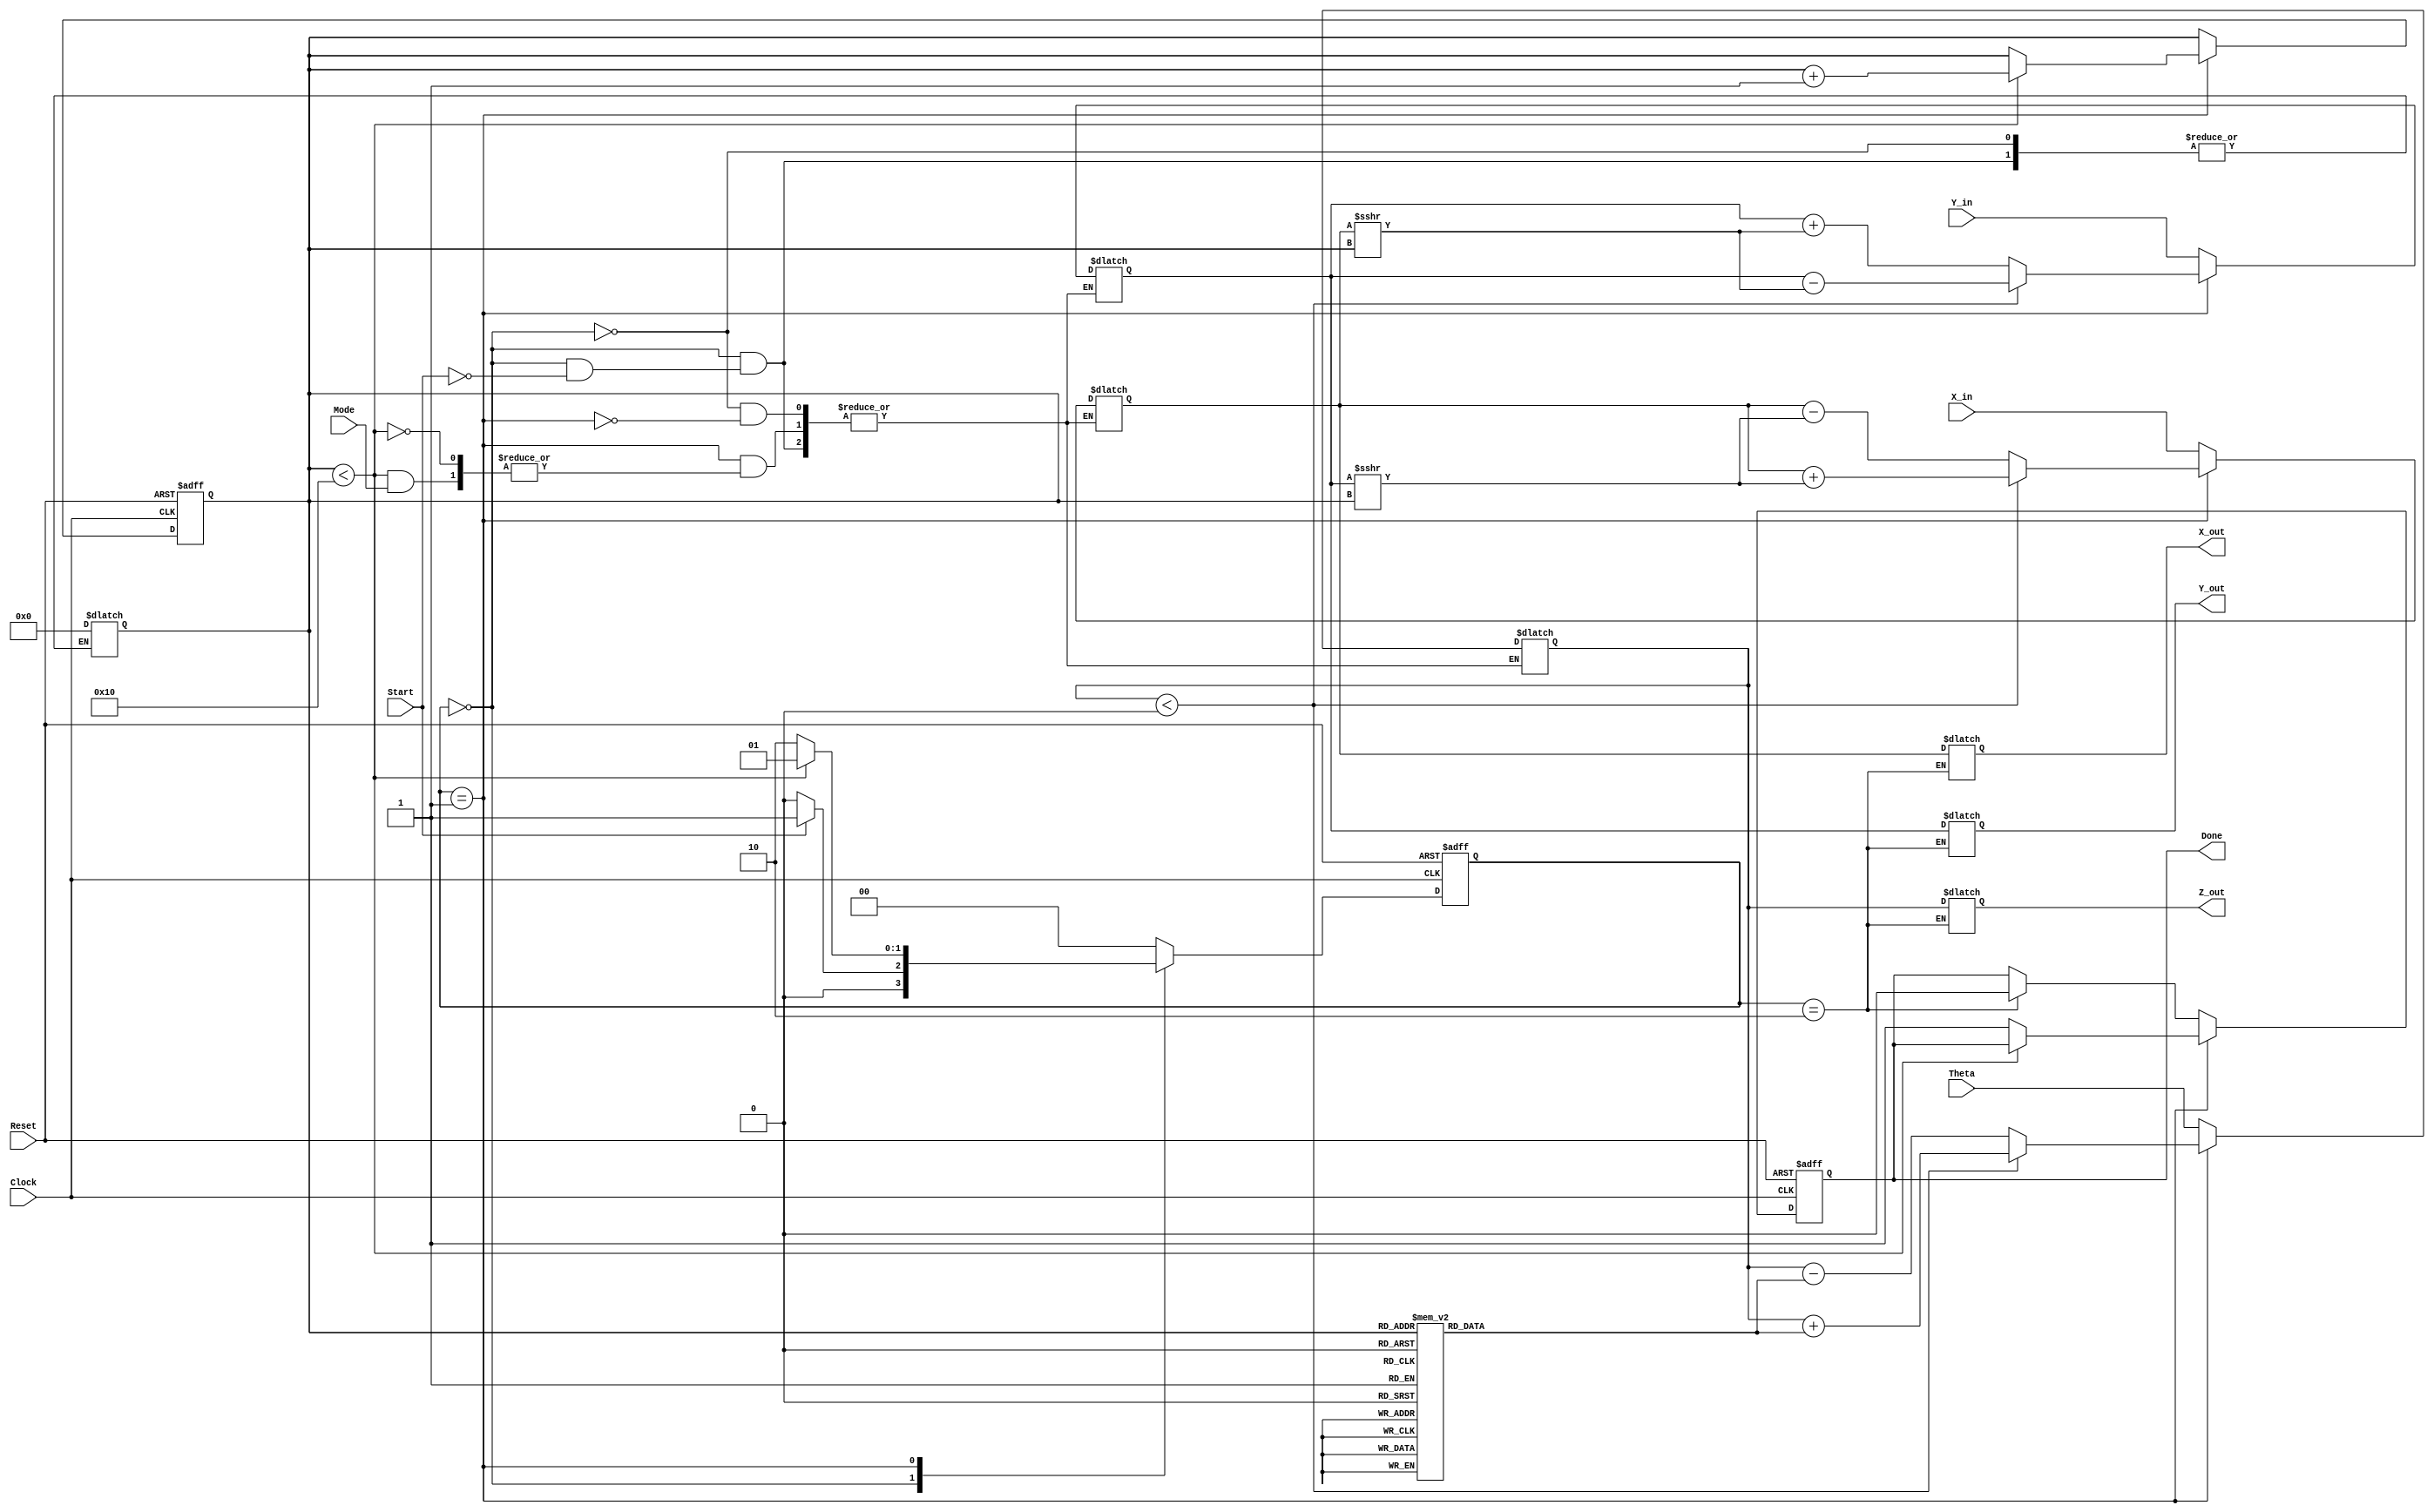
module CORDIC (
    input wire [15:0] X_in,      // Input x-coordinate
    input wire [15:0] Y_in,      // Input y-coordinate
    input wire [15:0] Theta,     // Input angle in radians
    input wire Mode,              // Mode: 0 = rotation, 1 = vectoring
    input wire Start,             // Start signal
    input wire Clock,             // System clock
    input wire Reset,             // Asynchronous reset
    output reg [15:0] X_out,      // Output x-coordinate
    output reg [15:0] Y_out,      // Output y-coordinate
    output reg [15:0] Z_out,      // Output angle
    output reg Done               // Completion signal
);

    // Parameters
    parameter NUM_ITERATIONS = 16; // Number of CORDIC iterations
    parameter ANGLE_WIDTH = 16;     // Angle width in bits

    // Internal signals
    reg [15:0] x_reg, y_reg;
    reg [ANGLE_WIDTH-1:0] z_reg;
    reg [3:0] iteration_count;
    reg [1:0] state, next_state;

    // CORDIC lookup table for arctangent values
    reg [ANGLE_WIDTH-1:0] atan_table [0:NUM_ITERATIONS-1];

    initial begin
        // Initialize the arctangent values (fixed-point representation)
        atan_table[0] = 16'h2000; // atan(2^-0)
        atan_table[1] = 16'h1666; // atan(2^-1)
        atan_table[2] = 16'h0C89; // atan(2^-2)
        atan_table[3] = 16'h05A8; // atan(2^-3)
        // Continue filling the table for more iterations...
        // ...
    end

    // State encoding
    localparam IDLE = 2'b00;
    localparam COMPUTE = 2'b01;
    localparam DONE_STATE = 2'b10;

    // Sequential logic for state transitions
    always @(posedge Clock or posedge Reset) begin
        if (Reset) begin
            state <= IDLE;
            iteration_count <= 0;
            Done <= 0;
        end else begin
            state <= next_state;
            if (state == COMPUTE) begin
                if (iteration_count < NUM_ITERATIONS) begin
                    iteration_count <= iteration_count + 1;
                end else begin
                    Done <= 1; // Signal completion
                end
            end else if (state == DONE_STATE) begin
                Done <= 0; // Reset Done flag
            end
        end
    end

    // Combinational logic for state machine
    always @(*) begin
        case (state)
            IDLE: begin
                if (Start) begin
                    next_state = COMPUTE;
                    x_reg = X_in;
                    y_reg = Y_in;
                    z_reg = Theta;
                    iteration_count = 0;
                end else begin
                    next_state = IDLE;
                end
            end
            COMPUTE: begin
                if (iteration_count < NUM_ITERATIONS) begin
                    // CORDIC rotation logic
                    if (Mode == 0) begin // Rotation mode
                        if (z_reg < 0) begin
                            x_reg <= x_reg + (y_reg >>> iteration_count);
                            y_reg <= y_reg - (x_reg >>> iteration_count);
                            z_reg <= z_reg + atan_table[iteration_count];
                        end else begin
                            x_reg <= x_reg - (y_reg >>> iteration_count);
                            y_reg <= y_reg + (x_reg >>> iteration_count);
                            z_reg <= z_reg - atan_table[iteration_count];
                        end
                    end else begin // Vectoring mode
                        // Implement vectoring logic if needed
                    end
                    next_state = COMPUTE;
                end else begin
                    next_state = DONE_STATE;
                end
            end
            DONE_STATE: begin
                next_state = IDLE;
                X_out = x_reg;
                Y_out = y_reg;
                Z_out = z_reg;
            end
            default: next_state = IDLE;
        endcase
    end

endmodule